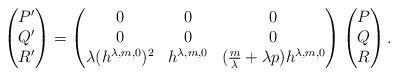
LaTeX: \begin{align*} \begin{pmatrix} {P}^\prime\\ {Q}^\prime \\ {R}^\prime \end{pmatrix} = \begin{pmatrix} 0 & 0& 0\\ 0 & 0 & 0\\ \lambda (h^{\lambda,m,0})^2 & h^{\lambda,m,0} & ( \frac{m}{ \lambda} + \lambda p )h^{\lambda,m,0} \end{pmatrix} \begin{pmatrix} {P}\\ {Q} \\ {R} \end{pmatrix}.\end{align*}